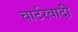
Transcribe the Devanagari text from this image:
चार्टरवादी